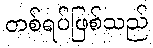
တစ်ရပ်ဖြစ်သည်